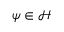
\psi \in { \mathcal { H } }